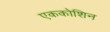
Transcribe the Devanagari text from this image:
एककोशिन